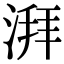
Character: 湃